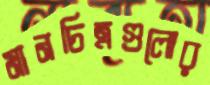
মানচিত্রগুলোর